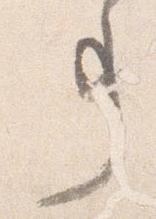
事